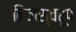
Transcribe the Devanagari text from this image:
निजस्वरूप